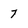
Character: 7